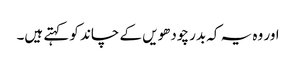
اور وہ یہ کہ بدر چودھویں کے چاند کو کہتے ہیں۔